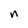
Character: n